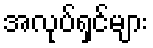
အလုပ်ရှင်များ